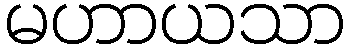
မဟာယသာ